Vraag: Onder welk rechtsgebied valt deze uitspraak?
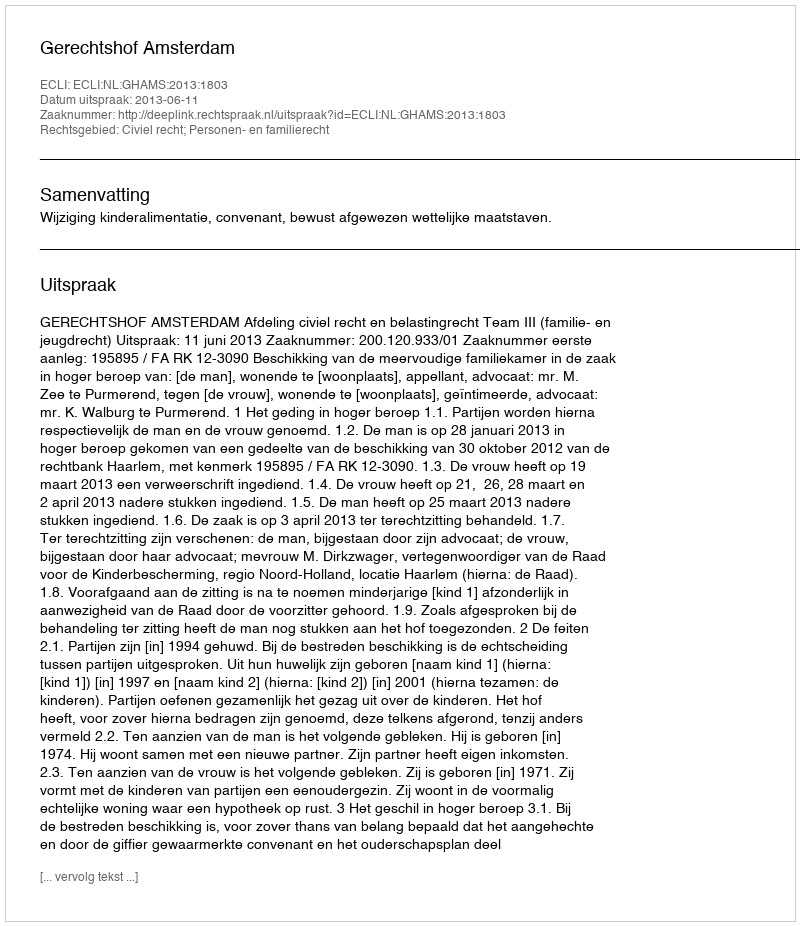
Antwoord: Civiel recht; Personen- en familierecht